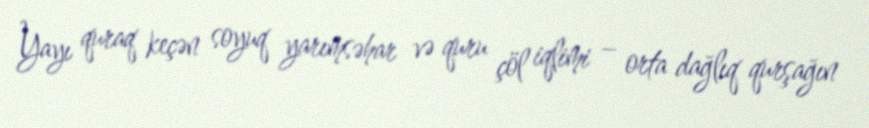
Yayı quraq keçən soyuq yarımsəhar və quru çöl iqlimi – orta dağlıq qurşağın